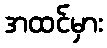
အထင်မှား